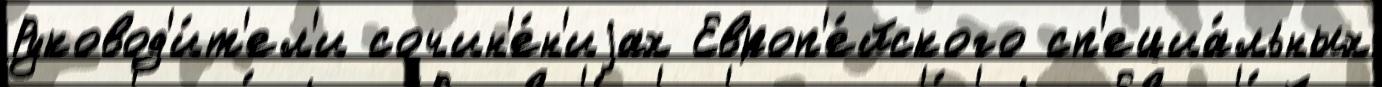
Руковод'и́т'ел'и сочин'е́н'иjах Европ'е́йского сп'ециа́льных